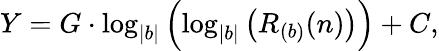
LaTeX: Y=G\cdot\log_{|b|}\left(\log_{|b|}\left(R_{(b)}(n)\right)\right)+C,